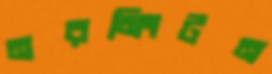
নরমিংটন